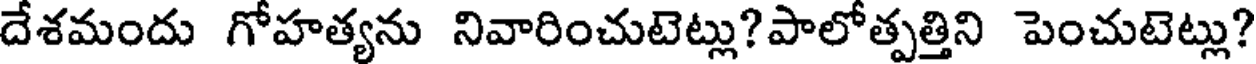
దేశమందు గోహత్యను నివారించుటెట్లు?పాలోత్పత్తిని పెంచుటెట్లు?